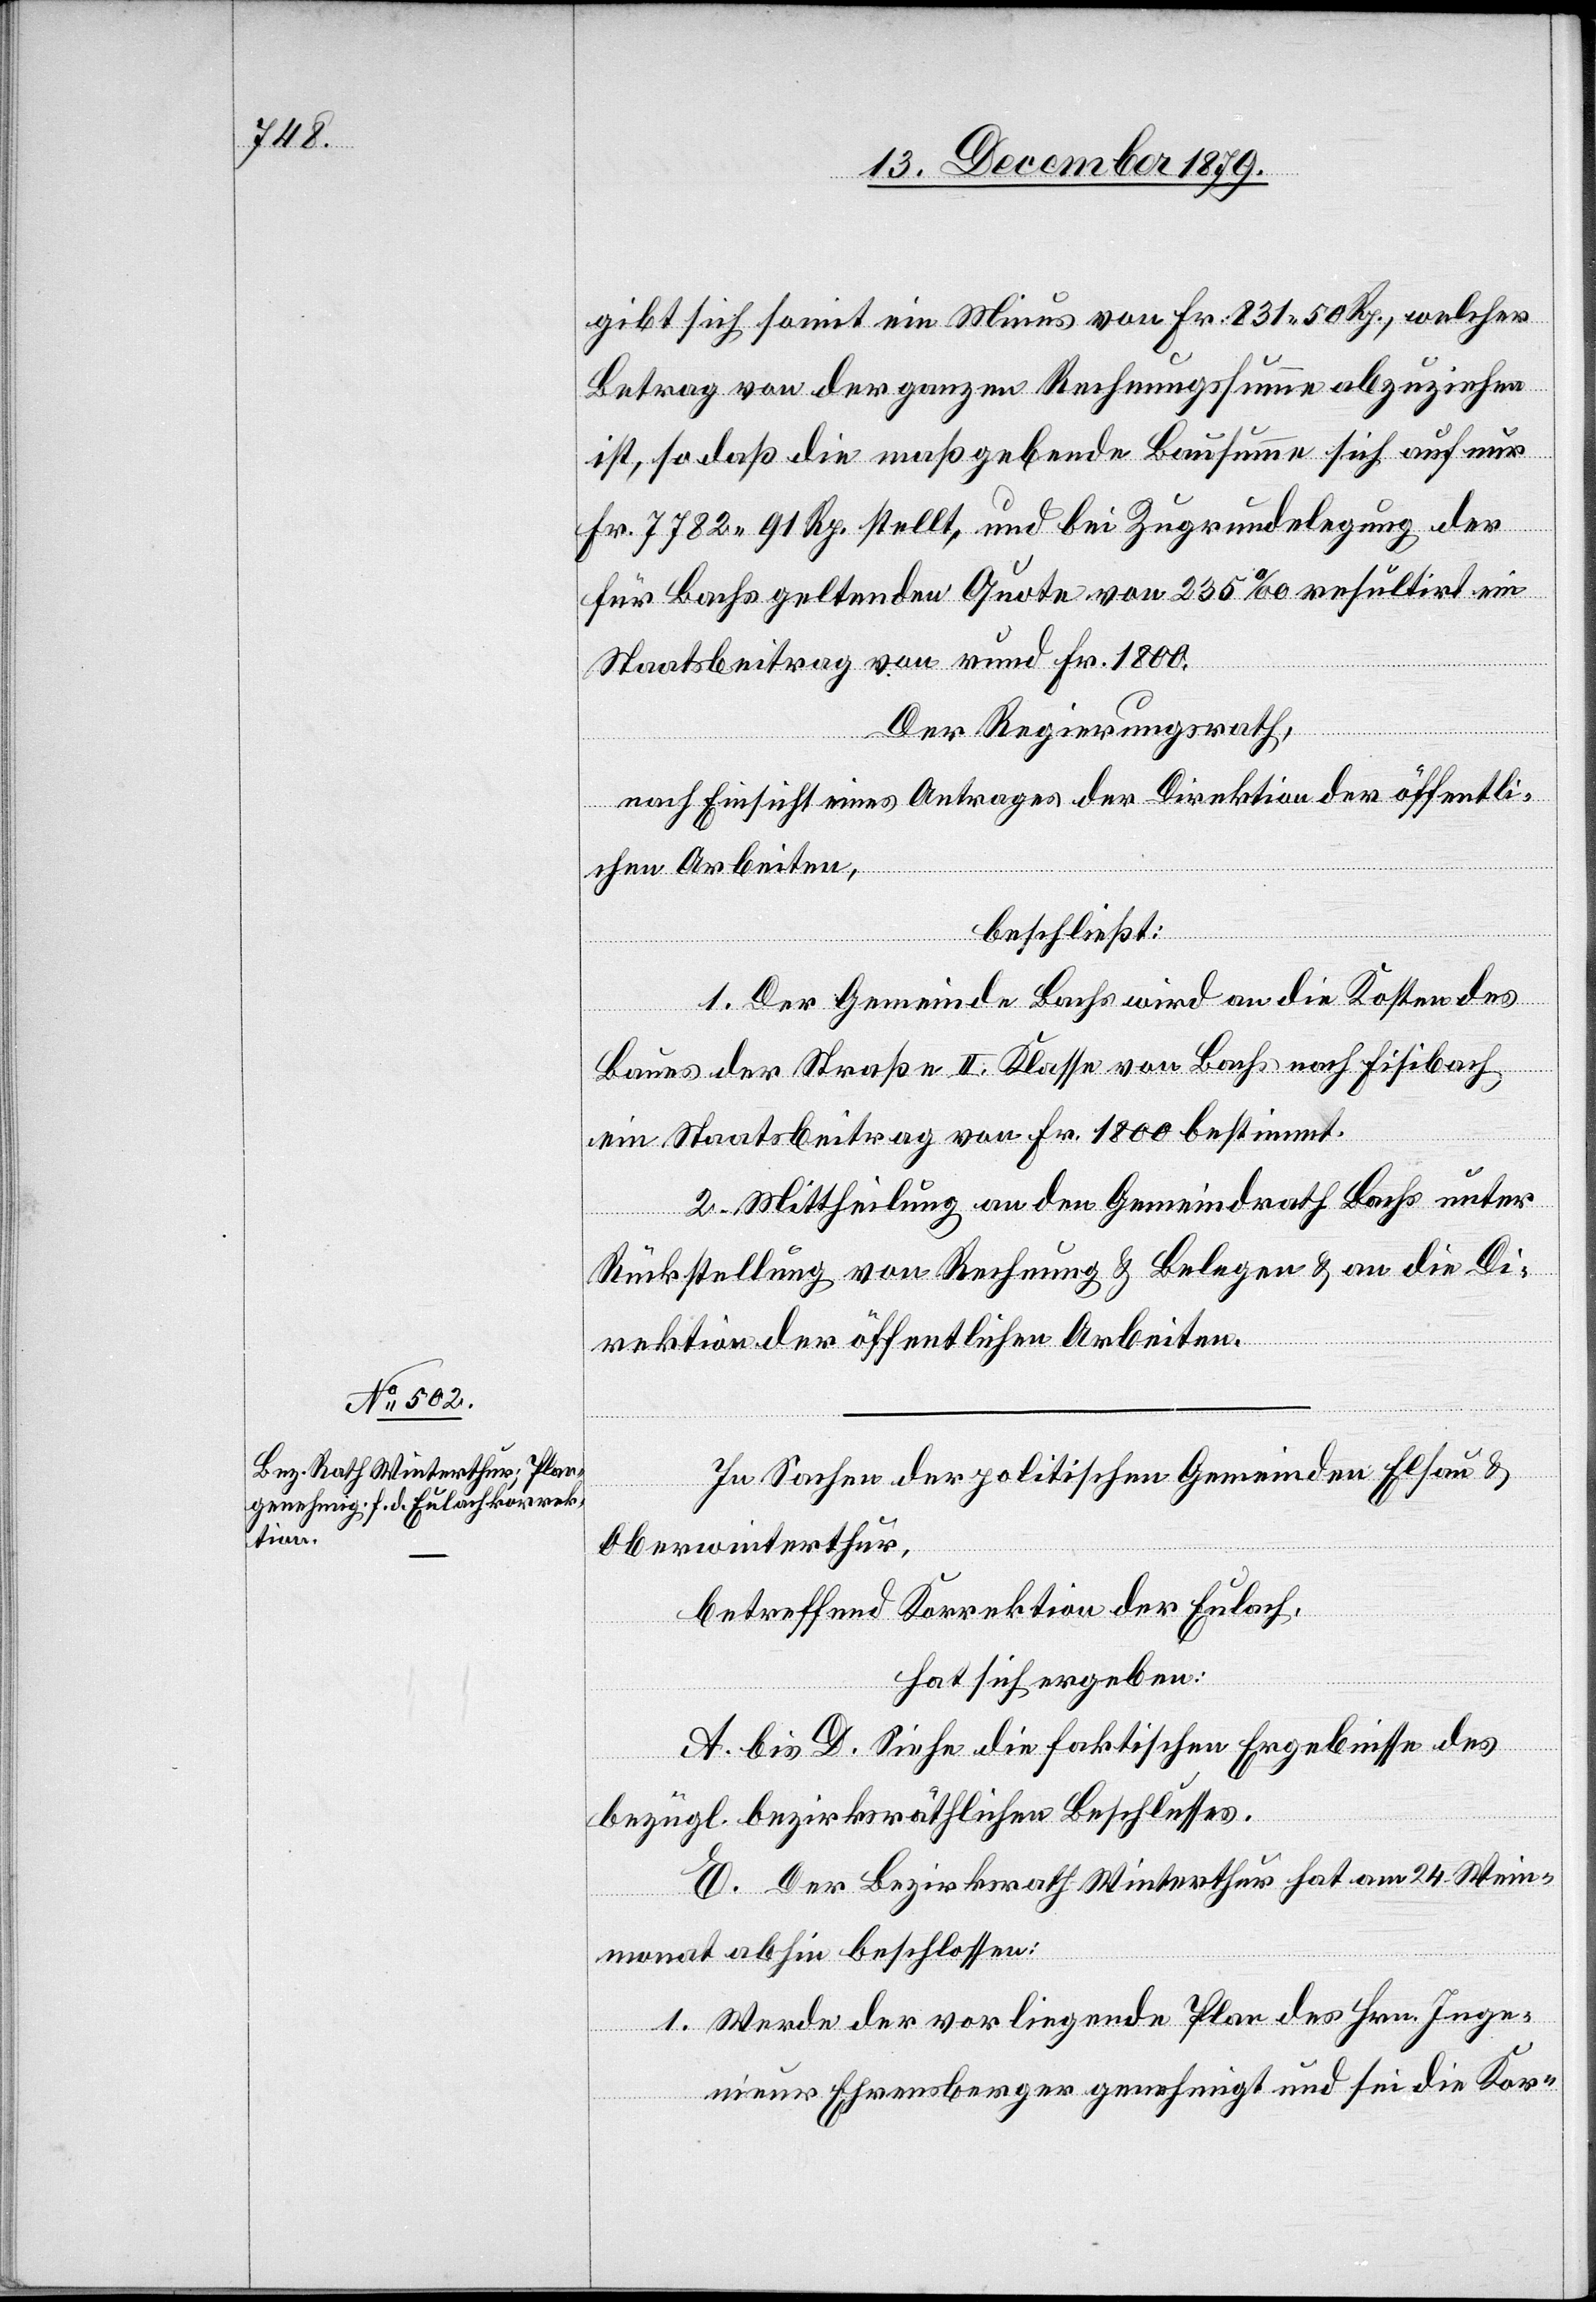
In Sachen der politischen Gemeinde Elsau &
Oberwinterthur,
betreffend Korrektion der Eulach,
hat sich ergeben:
A. bis D. Siehe die faktischen Ergebnisse des
bezügl. bezirksräthlichen Beschlusses.
E. Der Bezirksrath Winterthur hat am 24. Wein¬
monat abhin beschlossen:
1. Werde der vorliegende Plan des Hrn. Inge¬
nieur Ehrensberger genehmigt und sei die Kor-